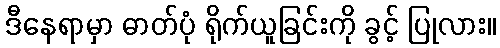
ဒီနေရာမှာ ဓာတ်ပုံ ရိုက်ယူခြင်းကို ခွင့် ပြုလား။